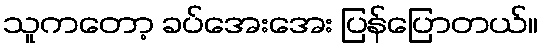
သူကတော့ ခပ်အေးအေး ပြန်ပြောတယ်။